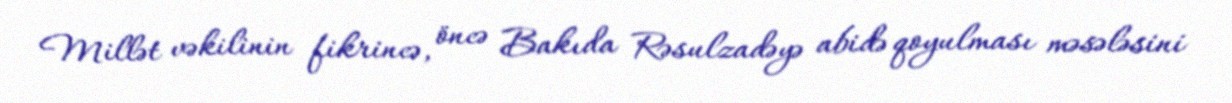
Millət vəkilinin fikrincə, öncə Bakıda Rəsulzadəyə abidə qoyulması məsələsini